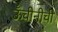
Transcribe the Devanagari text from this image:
ऊँचीनीची